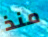
منذ